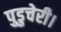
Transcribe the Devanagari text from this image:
पुडुचेरी।